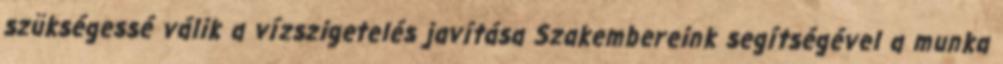
szükségessé válik a vízszigetelés javítása Szakembereink segítségével a munka